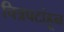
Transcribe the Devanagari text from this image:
चित्रपटांहून